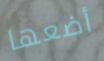
أضعها